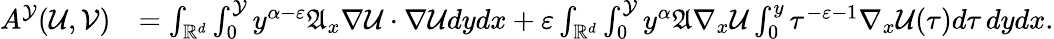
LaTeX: \begin{array}{rl}{A^{\mathcal{Y}}(\mathcal{U},\mathcal{V})}&{=\int_{\mathbb{R}^{d}}\int_{0}^{\mathcal{Y}}y^{\alpha-\varepsilon}\mathfrak{A}_{x}\nabla\mathcal{U}\cdot\nabla\mathcal{U}dydx+\varepsilon\int_{\mathbb{R}^{d}}\int_{0}^{\mathcal{Y}}y^{\alpha}\mathfrak{A}\nabla_{x}\mathcal{U}\int_{0}^{y}\tau^{-\varepsilon-1}\nabla_{x}\mathcal{U}(\tau)d\tau\, dydx.}\end{array}